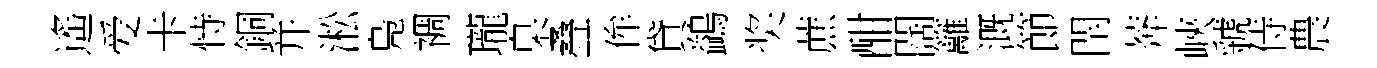
遙爱卡恃銅并淞鳬裯瓏臬叠侔貸鷁奖蔗酣闊籬溉節閈莾峽虢侍農